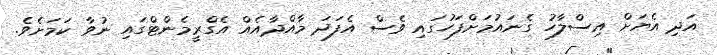
އަދި އެޔަށް އިސްލާހު ގެނައުމަށްފަހުގައި ވެސް އެފަދަ މާއްދާއެއް އެގްރީމެންޓްގައި ނުވާ ކަމަށެވެ.